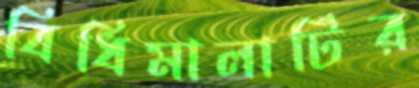
বিধিমালাটির